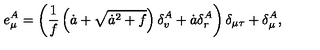
e _ { \mu } ^ { A } = \left( \frac { 1 } { f } \left( \dot { a } + \sqrt { \dot { a } ^ { 2 } + f } \right) \delta _ { v } ^ { A } + \dot { a } \delta _ { r } ^ { A } \right) \delta _ { \mu \tau } + \delta _ { \mu } ^ { A } ,